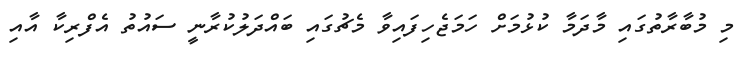
މި މުބާރާތުގައި މާދަމާ ކުޅުމަށް ހަމަޖެހިފައިވާ މެޗުގައި ބައްދަލުކުރާނީ ސައުތު އެފްރިކާ އާއި